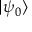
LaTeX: | \psi _ { 0 } \rangle